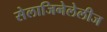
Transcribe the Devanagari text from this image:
सेलाजिनेलेलीज